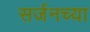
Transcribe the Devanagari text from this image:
सर्जनच्या